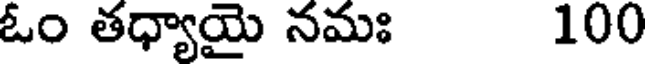
ఓం తధ్యాయై నమః 100